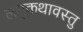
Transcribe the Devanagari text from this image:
लघुकथावस्तु